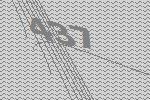
437